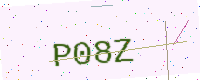
Text: P08Z